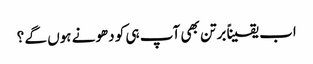
اب یقیناً برتن بھی آپ ہی کو دھونے ہوں گے ؟